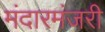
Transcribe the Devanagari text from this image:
मंदारमंजरी